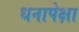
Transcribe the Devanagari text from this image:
धनापेक्षा